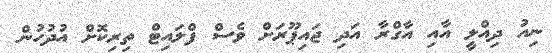
ނިއު ދިއްލީ އާއި އާގްރާ އަދި ޖައިޕޫރަށް ވެސް ފްލައިޓް ތިރިކޮށް އުދުހުން